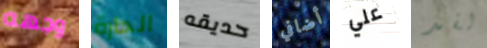
وجهه الحارة حديقه أضافي علي لقد